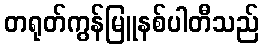
တရုတ်ကွန်မြူနစ်ပါတီသည်